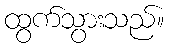
ထွက်သွားသည်။